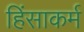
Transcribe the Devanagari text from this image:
हिंसाकर्म